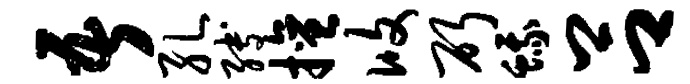
吾孔缚擅攸斫蛾吕